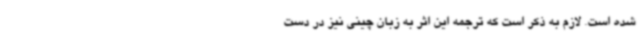
شده است. لازم به ذکر است که ترجمه این اثر به زبان چینی نیز در دست